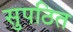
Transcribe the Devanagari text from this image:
सुपठित